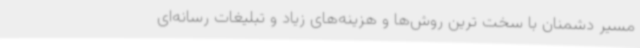
مسیر دشمنان با سخت ترین روش‌ها و هزینه‌های زیاد و تبلیغات رسانه‌ای